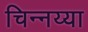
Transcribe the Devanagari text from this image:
चिन्नय्या